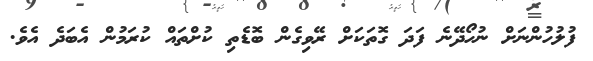
ފުލުހުންނަށް ނުހޯދޭނެ ފަދަ ގޮތަކަށް ރޭވިގެން ބޮޑެތި ކުށްތައް ކުރަމުން އެބަދެ އެވެ.